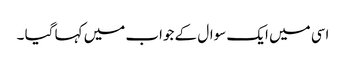
اسی میں ایک سوال کے جواب میں کہا گیا ۔